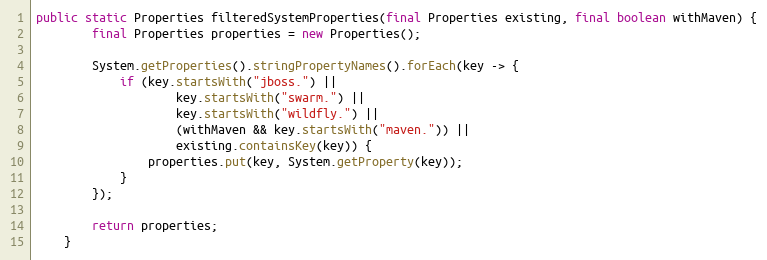
Language: Java
public static Properties filteredSystemProperties(final Properties existing, final boolean withMaven) {
        final Properties properties = new Properties();

        System.getProperties().stringPropertyNames().forEach(key -> {
            if (key.startsWith("jboss.") ||
                    key.startsWith("swarm.") ||
                    key.startsWith("wildfly.") ||
                    (withMaven && key.startsWith("maven.")) ||
                    existing.containsKey(key)) {
                properties.put(key, System.getProperty(key));
            }
        });

        return properties;
    }